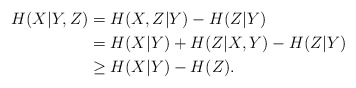
\begin{align*}H(X|Y,Z)& = H(X,Z|Y) - H(Z|Y)\\ &= H(X|Y)+H(Z|X,Y) - H(Z|Y) \\ &\geq H(X|Y) - H(Z).\end{align*}